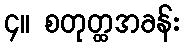
၄။ စတုတ္ထအခန်း